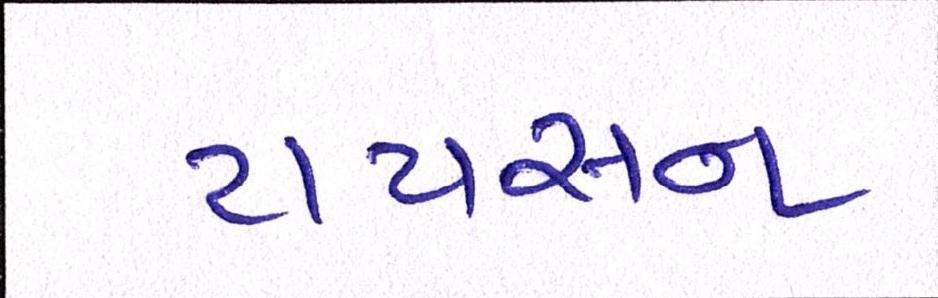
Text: ટાયસન